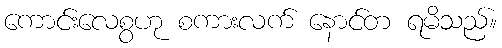
ကောင်းလေစွဟု စကားလက် နောင်တ ရမိသည်။